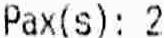
PAX(S): 2